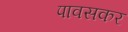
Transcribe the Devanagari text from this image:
पावसकर